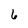
Character: 6